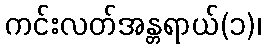
ကင်းလတ်အန္တရာယ်(၁)၊